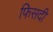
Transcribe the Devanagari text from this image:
फिसदी